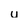
Character: u